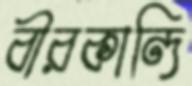
বীরকান্দি